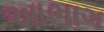
આભાગ